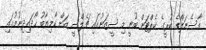
އާސެނަލްގެ ކުރީގެ ކެޕްޓަން ބުނީ މި ސީޒަނުގައި ޗެލްސީ އަށް ކާމިޔާބު ހޯދައިދިނުމުގައި